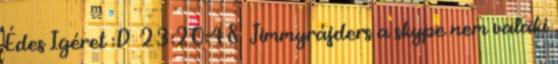
Édes Igéret :D 23:20:48 Jimmyrájders a skype nem valaki